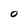
Character: O